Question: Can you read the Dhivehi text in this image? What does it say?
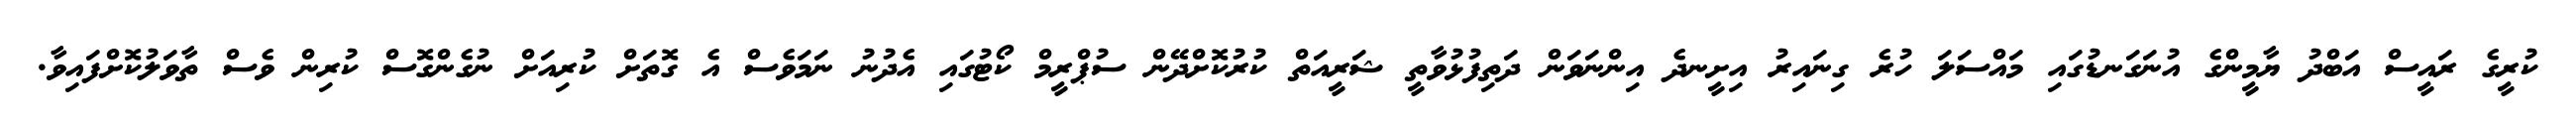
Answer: ކުރީގެ ރައީސް އަބްދު ޔާމީންގެ އުނަގަނޑުގައި މައްސަލަ ހުރެ ގިނައިރު އިށީނދެ އިންނަވަން ދަތިފުޅުވާތީ ޝަރީއަތް ކުރުކޮށްދޭން ސުޕްރީމް ކޯޓުގައި އެދުނު ނަމަވެސް އެ ގޮތަށް ކުރިއަށް ނުގެންގޮސް ކުރިން ވެސް ތާވަލުކޮށްފައިވާ.